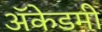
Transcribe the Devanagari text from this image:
अॅकेडमी